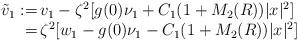
LaTeX: \begin{align*}\begin{array}{rl}\tilde v_1 : = \!\!&\!\!\displaystyle v_1 - \zeta^2[ g(0)\nu_1 + C_1(1 + M_2(R))|x|^2] \\ = \!\!&\!\!\displaystyle \zeta^2 [w_1 - g(0)\nu_1 - C_1(1 + M_2(R))|x|^2]\end{array}\end{align*}